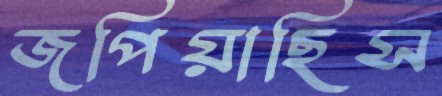
জপিয়াছিস